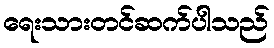
ရေးသားတင်ဆက်ပါသည်